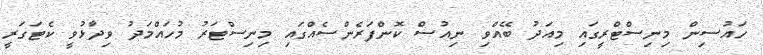
ހައުސިން މިނިސްޓްރީގައި މިއަދު ބޭއްވި ނިއުސް ކޮންފަރެންސެއްގައި މިނިސްޓަރު މުހައްމަދު ވިދާޅުވީ ކެޓަގަރީ